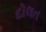
દોલત